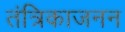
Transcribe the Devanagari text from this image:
तंत्रिकाजनन